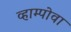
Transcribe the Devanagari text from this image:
व्हाम्पोवा